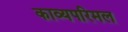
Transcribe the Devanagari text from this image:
काव्यपरिमल